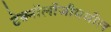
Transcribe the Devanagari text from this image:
टेक्नॉलॉजीमधील